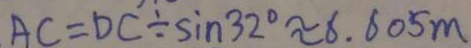
A C = D C \div \sin 3 2 ^ { \circ } \approx 6 . 6 0 5 m